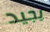
يجيد